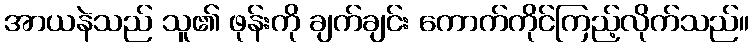
အာယနဲသည် သူ၏ ဖုန်းကို ချက်ချင်း ကောက်ကိုင်ကြည့်လိုက်သည်။